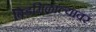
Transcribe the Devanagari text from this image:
बिडमिळाल्यावर